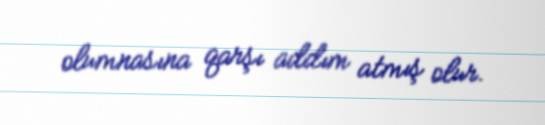
olumnasına qarşı addım atmış olur.